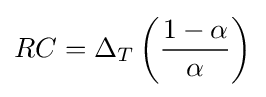
RC=\Delta _{T}\left({\frac {1-\alpha }{\alpha }}\right)